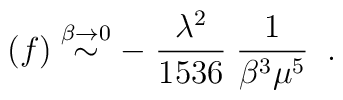
(f) \stackrel {\beta \rightarrow 0} {\sim}- \; \frac{\lambda^2}{1536} \; {1\over {\beta^3 \mu^5}} \; \; .